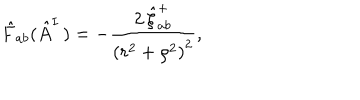
\hat { F } _ { a b } ( \hat { A } _ { } ^ { I \, } ) = - \frac { 2 \, \hat { \xi } _ { a b } ^ { + } } { \left( r ^ { 2 } + \rho ^ { 2 } \right) ^ { 2 } } ,